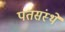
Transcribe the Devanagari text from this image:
पतसंस्थे